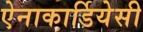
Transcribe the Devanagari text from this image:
ऐनाकार्डियेसी